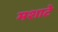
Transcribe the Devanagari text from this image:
मशाटे